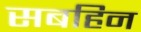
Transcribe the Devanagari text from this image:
सबहिन